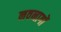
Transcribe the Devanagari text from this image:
नवनागों